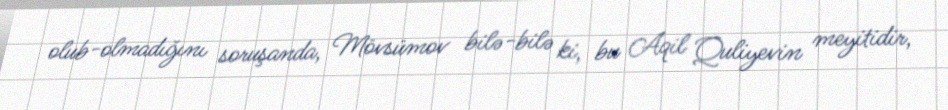
olub-olmadığını soruşanda, Mövsümov bilə-bilə ki, bu Aqil Quliyevin meyitidir,